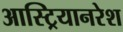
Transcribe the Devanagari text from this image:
आस्ट्रियानरेश